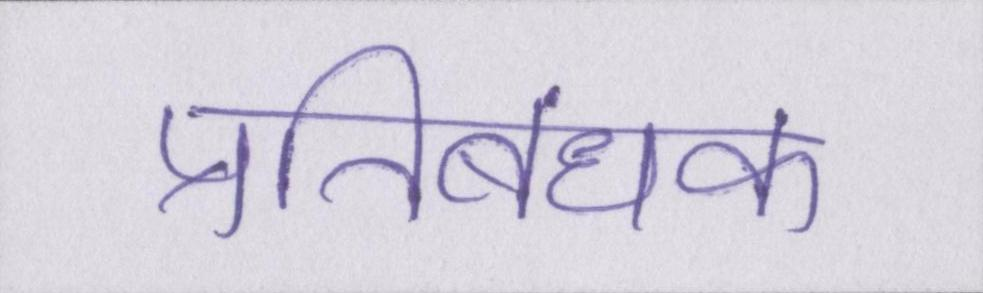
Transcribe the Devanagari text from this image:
प्रतिबंधक